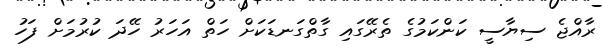
ރާއްޖެ ސިޔާސީ ކަންކަމުގެ ތެރޭގައި ގާތްގަނޑަކަށް ހަތް އަހަރު ހޭދަ ކުރުމަށް ފަހު